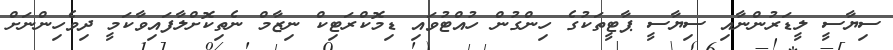
ސިޔާސީ ލީޑަރުންނާއި ސިޔާސީ ޕާޓީތަކުގެ ހިންގުން ހުއްޓުވައި ޑިމޮކްރަޓިކް ނިޒާމް ނެތިކޮށްލާފައިވާކަމީ ދިވެހިންނަށް